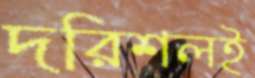
দরিশলই